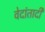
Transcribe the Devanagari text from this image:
वेदांतादी